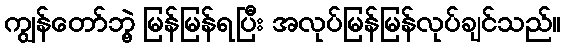
ကျွန်တော်ဘွဲ့ မြန်မြန်ရပြီး အလုပ်မြန်မြန်လုပ်ချင်သည်။